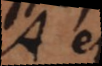
A et